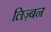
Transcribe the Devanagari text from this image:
लिज़्बन